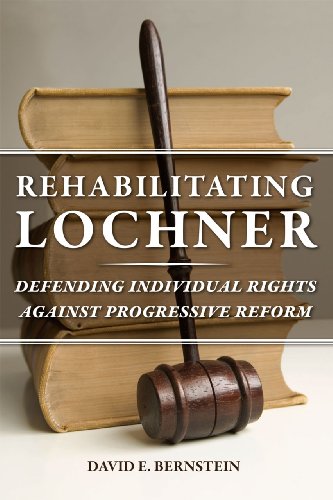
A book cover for Rehabilitating Lochner: Defending Individual Rights against Progressive Reform; David E. Bernstein; Law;